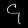
Digit: ၄